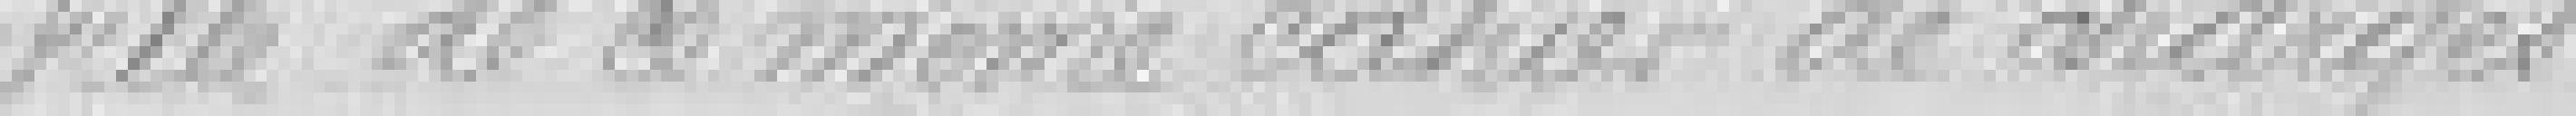
ville de ce même cahier des charges